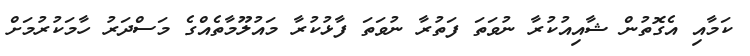
ކަމާއި އެގޮތުން ޝާއިއުކުރާ ނުވަތަ ފަތުރާ ނުވަތަ ފާޅުކުރާ މައުލޫމާތެއްގެ މަސްދަރު ހާމަކުރުމަށް